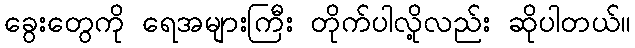
ခွေးတွေကို ရေအများကြီး တိုက်ပါလို့လည်း ဆိုပါတယ်။